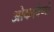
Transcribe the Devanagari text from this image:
ओकावैंगो